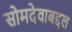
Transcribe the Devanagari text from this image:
सोमदेवाबद्दल